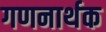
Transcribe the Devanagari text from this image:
गणनार्थक